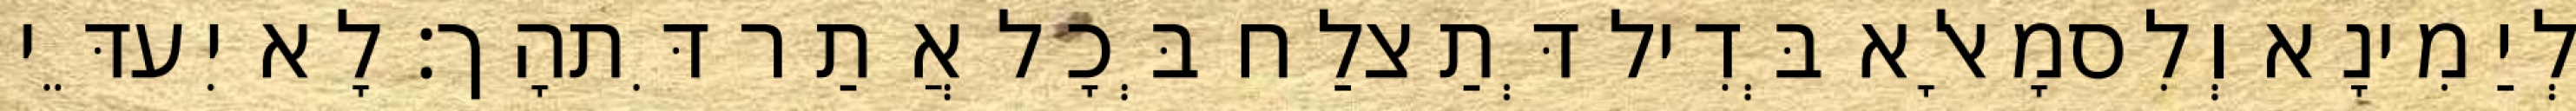
לְיַמִינָא וְלִסמָאלָא בְּדִיל דְּתַצלַח בְּכָל אֲתַר דִּתהָך׃ לָא יִעדֵּי